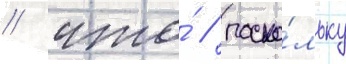
/ что́ / поско́льку